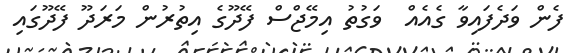
ފެން ވަދެފައިވާ ގެއެއް  ވަގުތު އިމޭޖްސް ފޭދޫގެ އިތުރުން މަރަދޫ ފޭދޫގައި